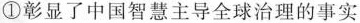
①彰显了中国智慧主导全球治理的事实